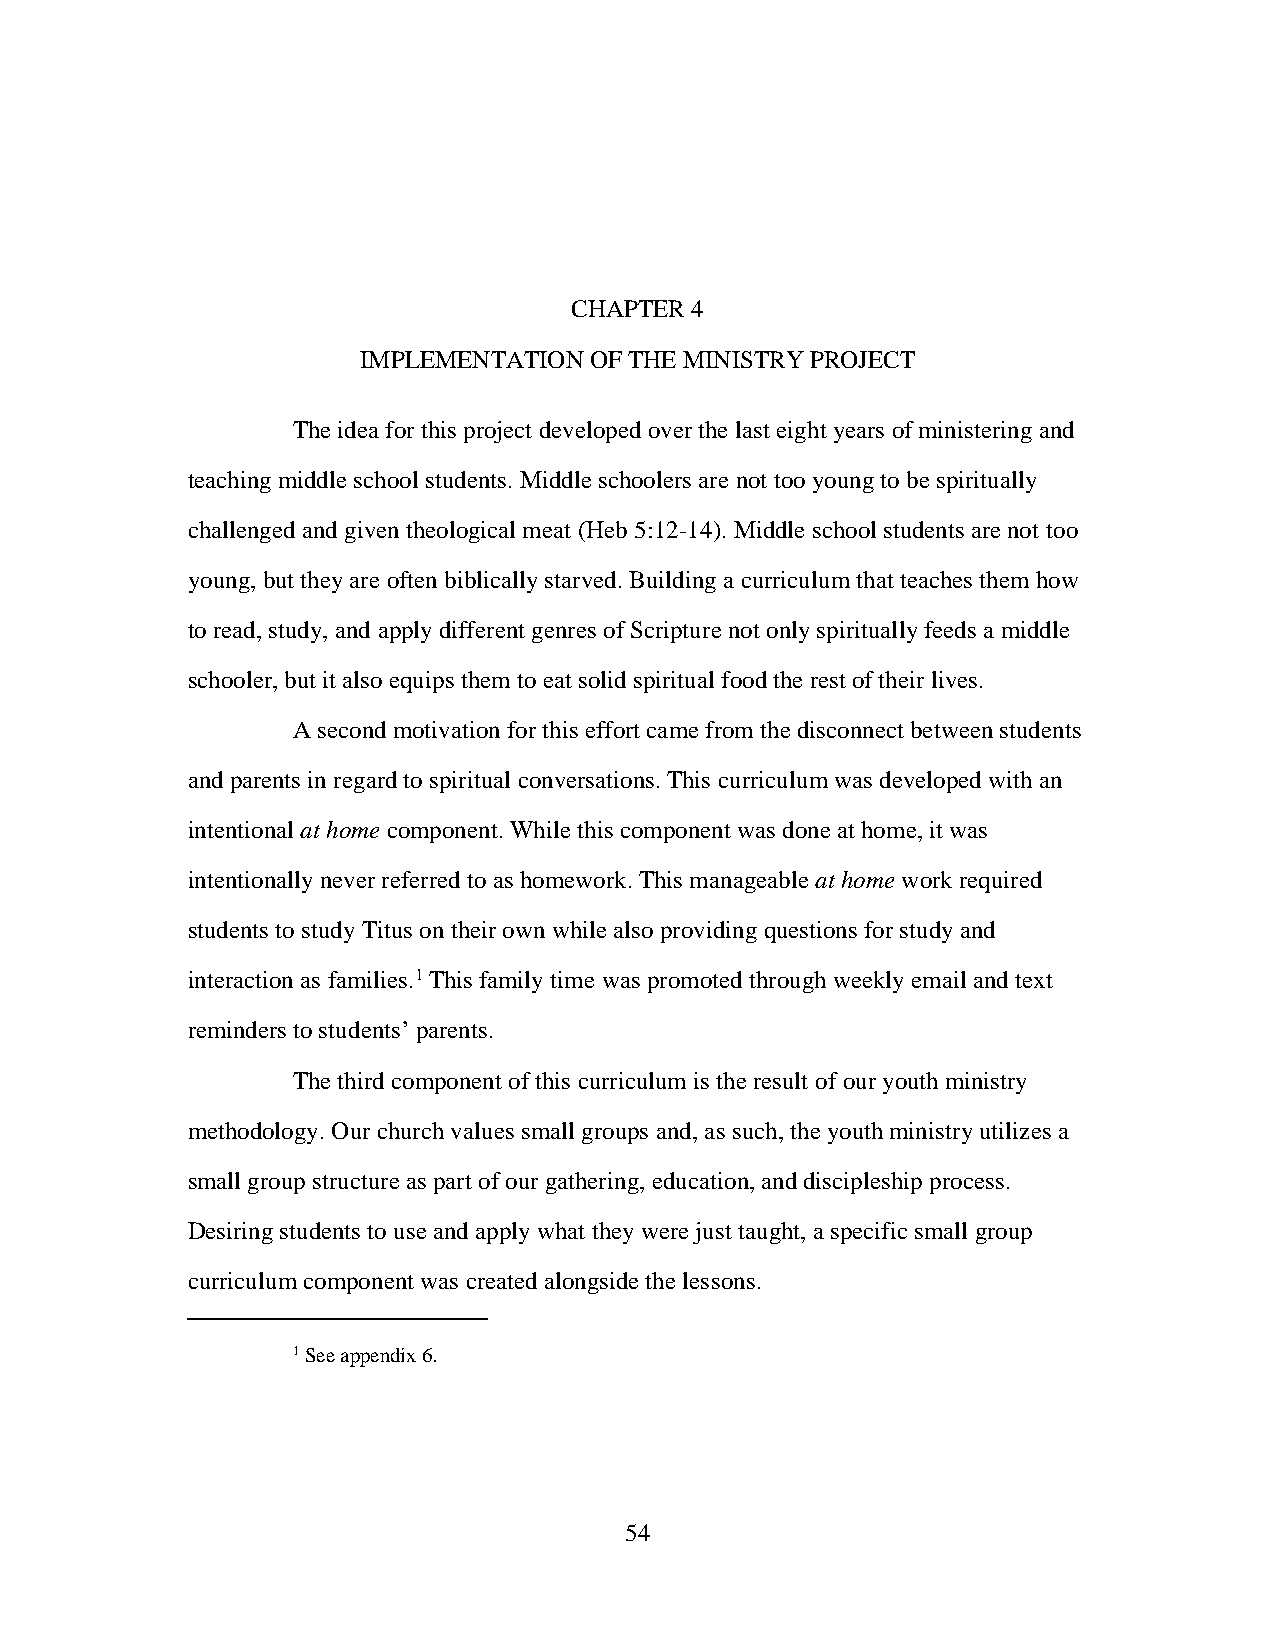
CHAPTER 4
 IMPLEMENTATION OF THE MINISTRY PROJECT
 The idea for this project developed over the last eight years of ministering and
 teaching middle school students. Middle schoolers are not too young to be spiritually
 challenged and given theological meat (Heb 5:12-14). Middle school students are not too
 young, but they are often biblically starved. Building a curriculum that teaches them how
 to read, study, and apply different genres of Scripture not only spiritually feeds a middle
 schooler, but it also equips them to eat solid spiritual food the rest of their lives.
 A second motivation for this effort came from the disconnect between students
 and parents in regard to spiritual conversations. This curriculum was developed with an
 intentional at home component. While this component was done at home, it was
 intentionally never referred to as homework. This manageable at home work required
 students to study Titus on their own while also providing questions for study and
 interaction as families.1 This family time was promoted through weekly email and text
 reminders to students’ parents.
 The third component of this curriculum is the result of our youth ministry
 methodology. Our church values small groups and, as such, the youth ministry utilizes a
 small group structure as part of our gathering, education, and discipleship process.
 Desiring students to use and apply what they were just taught, a specific small group
 curriculum component was created alongside the lessons.
 1 See appendix 6.
 54